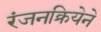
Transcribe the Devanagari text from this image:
रंजनक्रियेने